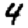
Digit: 4